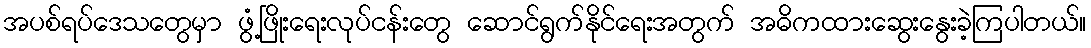
အပစ်ရပ်ဒေသတွေမှာ ဖွံ့ဖြိုးရေးလုပ်ငန်းတွေ ဆောင်ရွက်နိုင်ရေးအတွက် အဓိကထားဆွေးနွေးခဲ့ကြပါတယ်။